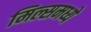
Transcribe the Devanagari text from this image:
मिल्समध्ये